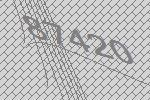
87420